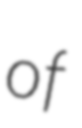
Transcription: of